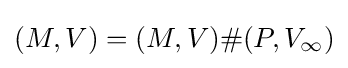
(M,V)=(M,V)\#(P,V_{\infty })